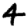
Digit: 4